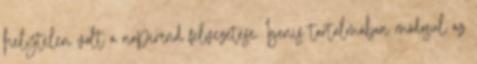
helytelen volt a napirend felvezetése. Igenis tartalmában módosul az